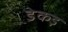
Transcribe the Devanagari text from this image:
डेकड़